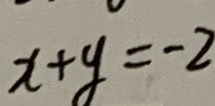
x + y = - 2